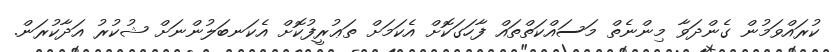
ކުރައްވަމުން ގެންދަވާ މިންނެތް މަސައްކަތްތައް ފާހަގަކޮށް އެކަމަށް ތަޢުރީފުކޮށް އެކަނބަލުންނަށް ޝުކުރު އަދާކުރަން.